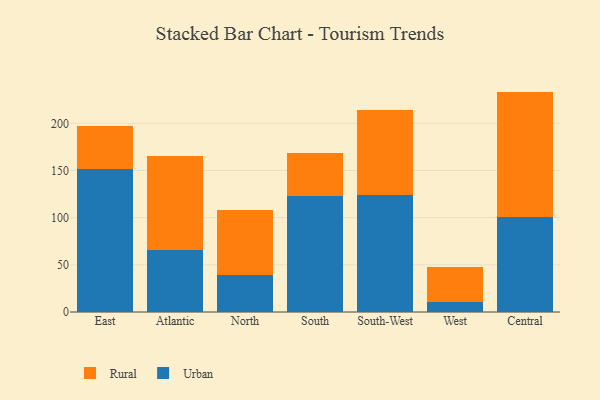
{"axis": {"x": "Region", "y": "Waste Production (Tons)"}, "legend": ["Rural", "Urban"], "data": [{"x": "East", "y": 151.5, "type": "Urban"}, {"x": "East", "y": 46.1, "type": "Rural"}, {"x": "Atlantic", "y": 65.9, "type": "Urban"}, {"x": "Atlantic", "y": 99.2, "type": "Rural"}, {"x": "North", "y": 39.3, "type": "Urban"}, {"x": "North", "y": 69.0, "type": "Rural"}, {"x": "South", "y": 122.8, "type": "Urban"}, {"x": "South", "y": 45.8, "type": "Rural"}, {"x": "South-West", "y": 123.9, "type": "Urban"}, {"x": "South-West", "y": 89.7, "type": "Rural"}, {"x": "West", "y": 10.6, "type": "Urban"}, {"x": "West", "y": 36.9, "type": "Rural"}, {"x": "Central", "y": 100.4, "type": "Urban"}, {"x": "Central", "y": 133.2, "type": "Rural"}]}